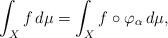
LaTeX: \begin{align*} \int_X f\,d\mu=\int_X f\circ\varphi_\alpha\,d\mu,\end{align*}